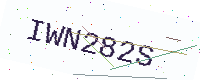
Text: IWN282S